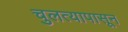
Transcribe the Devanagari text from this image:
चुलत्यापासून